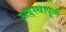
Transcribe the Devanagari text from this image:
अवस्थापूर्ण